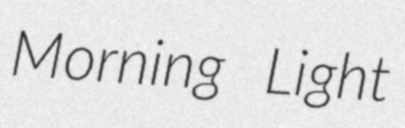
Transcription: Morning Light